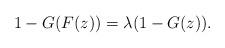
LaTeX: \begin{align*}1- G(F(z)) = \lambda(1-G(z)).\end{align*}